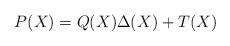
LaTeX: \begin{align*}P(X) = Q(X) \Delta(X) + T(X)\end{align*}